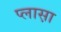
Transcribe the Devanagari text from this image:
प्लास़ा